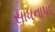
સાધનાપદ